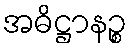
အဓိဋ္ဌာနဉ္စ